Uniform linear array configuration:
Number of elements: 12
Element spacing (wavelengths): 0.5
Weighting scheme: kaiser
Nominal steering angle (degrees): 60
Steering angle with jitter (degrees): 60.225
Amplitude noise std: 0.05
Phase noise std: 0.05

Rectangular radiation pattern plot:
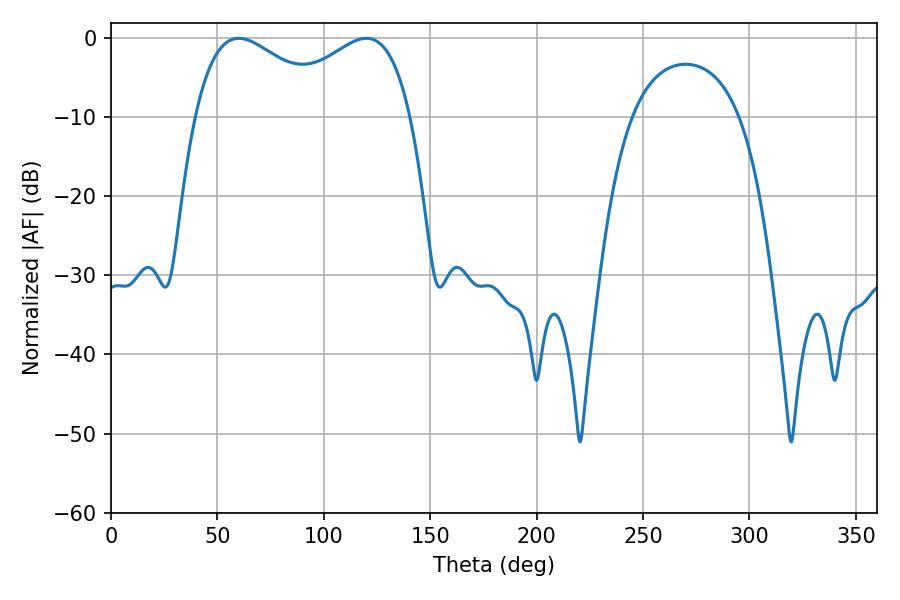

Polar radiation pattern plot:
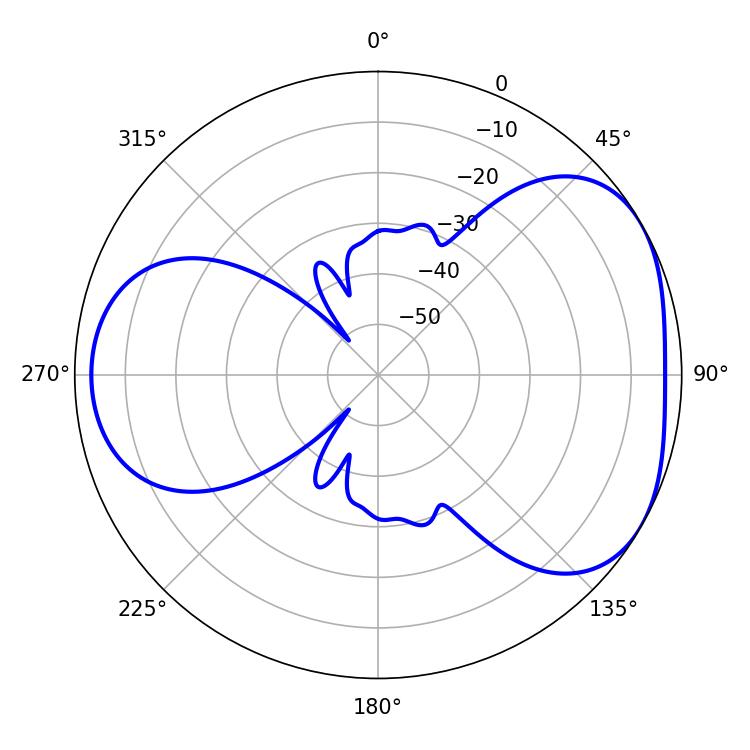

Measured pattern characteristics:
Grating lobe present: FALSE
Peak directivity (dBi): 4.276
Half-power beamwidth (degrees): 36.36
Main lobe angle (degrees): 59.94